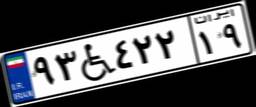
۰۶W۱۷۹۲۴